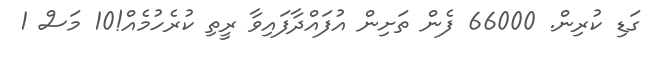
ގަޑި ކުރިން. 66000 ފެން ތަށިން އުފައްދާފައިވާ ރީތި ކުރެހުމެއް!10 މަސް 1